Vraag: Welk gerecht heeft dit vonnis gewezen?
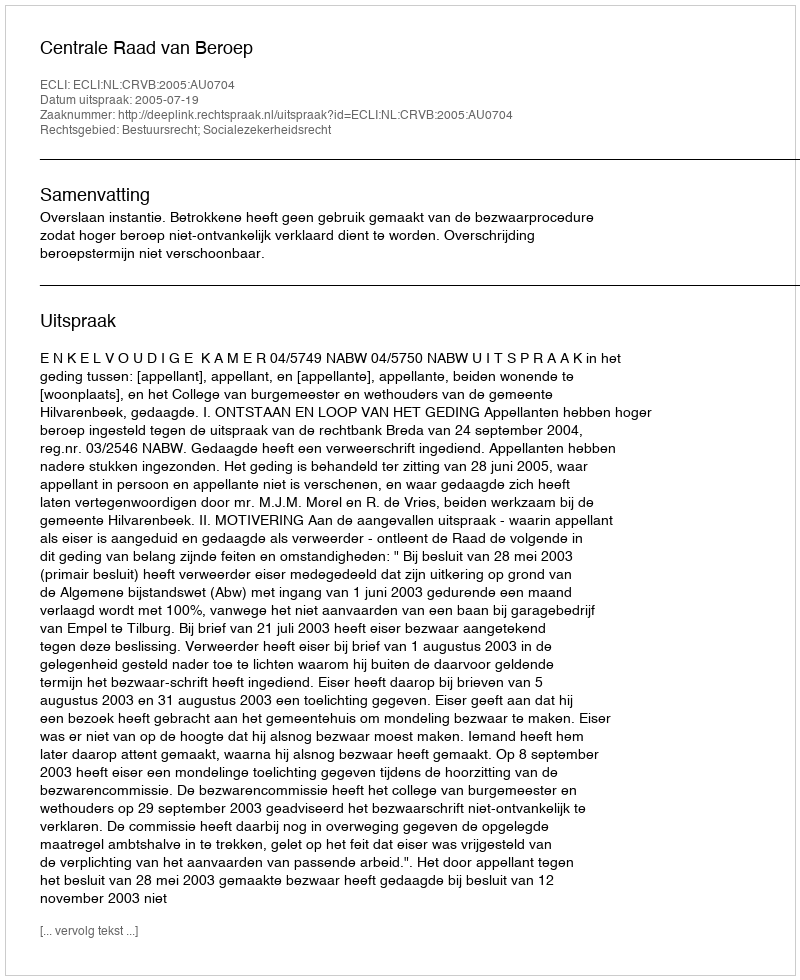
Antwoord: Centrale Raad van Beroep